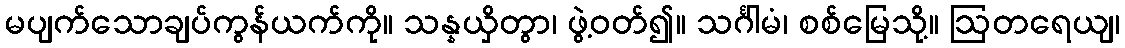
မပျက်သောချပ်ကွန်ယက်ကို။ သန္နယှိတွာ၊ ဖွဲ့ဝတ်၍။ သင်္ဂါမံ၊ စစ်မြေသို့။ ဩတရေယျ၊